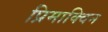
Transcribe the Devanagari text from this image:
प्रिमाक्विन